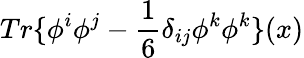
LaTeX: Tr\{ \phi^{i}\phi^{j}-\frac{1}{6}\delta_{ij}\phi^{k}\phi^{k}\} (x)